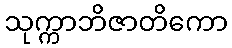
သုက္ကာဘိဇာတိကော